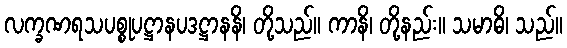
လက္ခဏရသပစ္စုပဋ္ဌာနပဒဋ္ဌာနနိ၊ တို့သည်။ ကာနိ၊ တို့နည်း။ သမာဓိ၊ သည်။